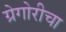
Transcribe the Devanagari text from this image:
ग्रेगोरीचा